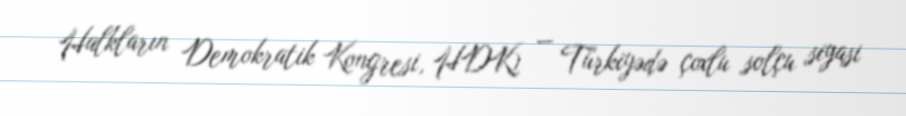
Halkların Demokratik Kongresi, HDK) — Türkiyədə çoxlu solçu siyasi